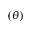
( \theta )